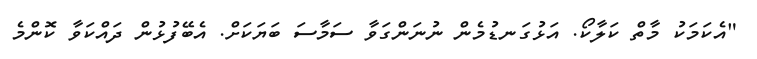
"އެކަމަކު މާތް ކަލާކޯ. އަޅުގަނޑުމެން ނުނަންގަވާ ސަމާސަ ބަޔަކަށް. އެބޭފުޅުން ދައްކަވާ ކޮންމެ